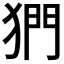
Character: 𪺿